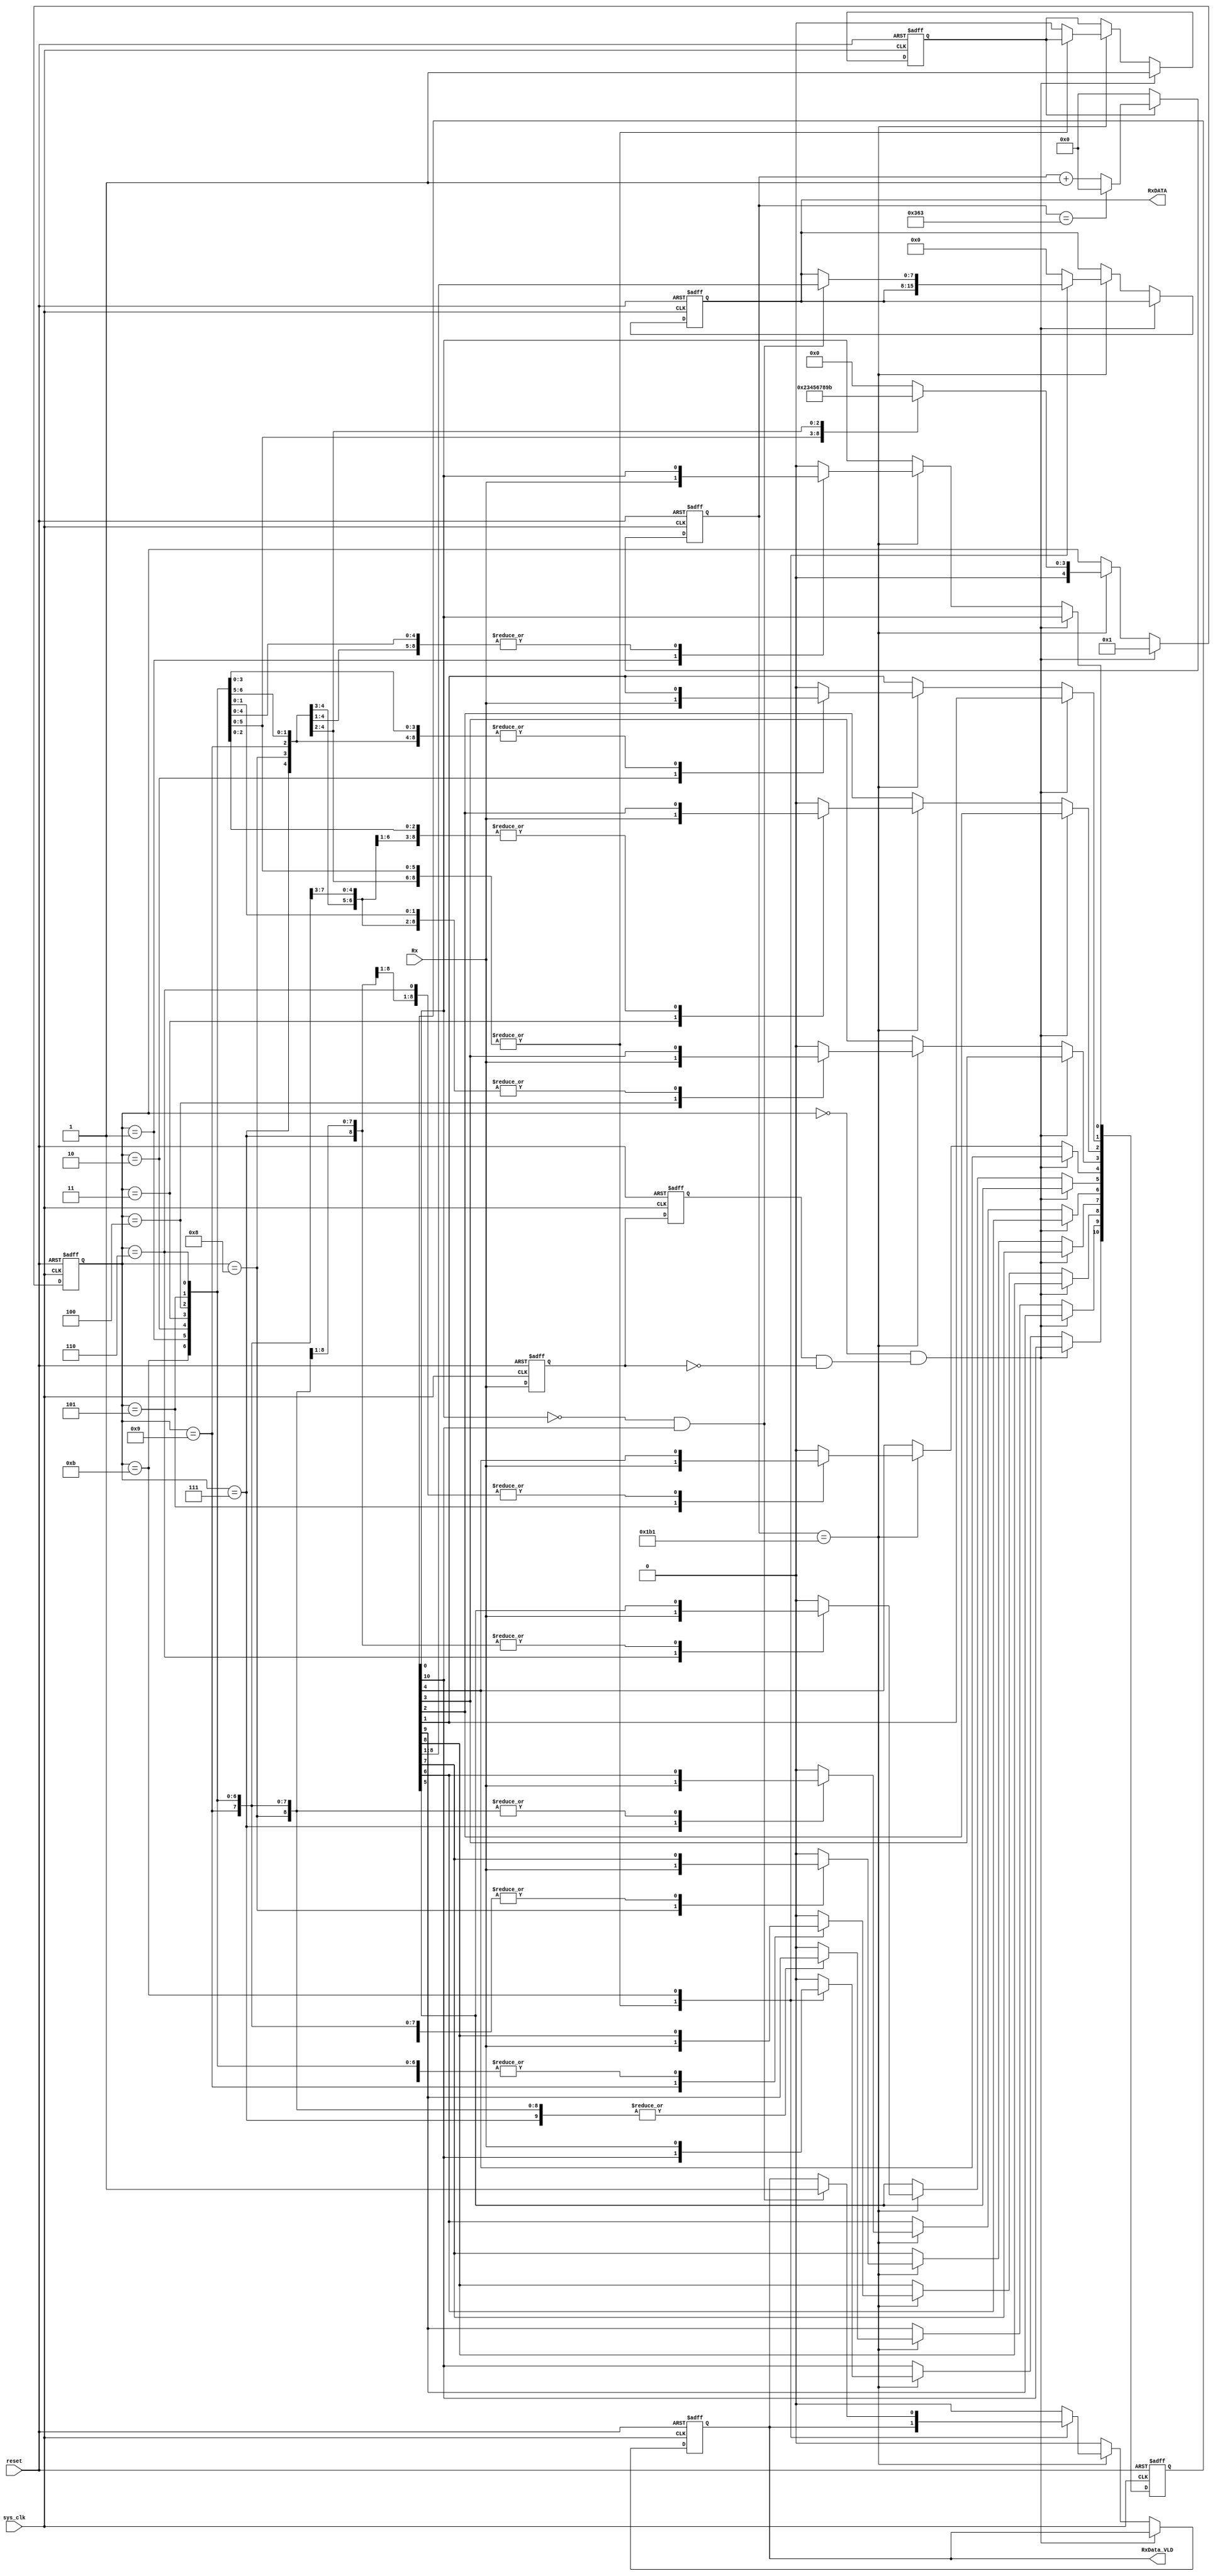
module UART_RX (  
    input             sys_clk,
    input             reset,
    input             Rx,
    output reg        RxData_VLD,
    output reg  [7:0] RxDATA
);  
                  
      
    parameter FRE_SYS_CLK = 100000000; // sys_clk frequency 
    parameter UART_RATE = 115200;     // 115200bps  
    parameter RXCLK_DIV_CNT = FRE_SYS_CLK / UART_RATE - 1;
      
    localparam RX_IDLE         = 4'd0;
    localparam RX_START_BIT    = 4'd1;
    localparam RX_RECIEVE_BIT0 = 4'd2;
    localparam RX_RECIEVE_BIT1 = 4'd3;
    localparam RX_RECIEVE_BIT2 = 4'd4;
    localparam RX_RECIEVE_BIT3 = 4'd5;
    localparam RX_RECIEVE_BIT4 = 4'd6;
    localparam RX_RECIEVE_BIT5 = 4'd7;
    localparam RX_RECIEVE_BIT6 = 4'd8;
    localparam RX_RECIEVE_BIT7 = 4'd9;
    localparam RX_PARITY_BIT   = 4'd10;
    localparam RX_END_BIT      = 4'd11;
      

    reg     [clogb2(RXCLK_DIV_CNT):0] clk_cnt;  
    reg     RXCLK_EN;
(* KEEP = "TRUE" *)    wire    RX_CLK;


    function integer clogb2;
    input integer value;
    begin 
    	value = value-1;
    	for (clogb2=0; value>0; clogb2=clogb2+1)
    	value = value>>1;
    end 
    endfunction                                             

    always @ (posedge sys_clk or posedge reset)  
        if(reset == 1'b1)  
            clk_cnt <= 12'd0;      
	else if(RXCLK_EN == 1'b0) begin
            clk_cnt <= 12'd0;   
	end   
	else if(clk_cnt == RXCLK_DIV_CNT) begin 
            clk_cnt <= 12'd0;  
	end
	else begin  
            clk_cnt <= clk_cnt + 1'b1;  
	end
              
    assign RX_CLK = (clk_cnt == RXCLK_DIV_CNT/2); 
      
      
    reg     Rx_1d;  
    reg     Rx_2d;  
    wire    RxStart;  

    always @ (posedge sys_clk or posedge reset) begin 
        if(reset == 1'b1) begin  
            Rx_1d <= 1'b1;  
            Rx_2d <= 1'b1;  
            end  
        else begin  
            Rx_2d <= Rx_1d;  
            Rx_1d <= Rx;  
        end  
    end
      
    assign RxStart = Rx_2d & (~Rx_1d);
      
      
(* KEEP = "TRUE" *)    reg [10 : 0] RxTemp;  
(* KEEP = "TRUE" *)    reg [4 : 0]  RxState;  

    always @ (posedge sys_clk or posedge reset)  
        if(reset == 1'b1) begin  
            RxDATA <= 8'd0;  
            RxTemp <= 11'd0;  
            RxState <= RX_IDLE;  
            RXCLK_EN <= 1'b0;
            RxData_VLD <= 1'b0;
        end  
        else if((RxState == RX_IDLE) && (RxStart == 1'b1))begin
                RXCLK_EN <= 1'd1;
                RxState  <= RX_START_BIT; 
        end  
        else if(RX_CLK) begin
                case (RxState) //synthesis full_case  
                    RX_START_BIT    :   begin  
                                RxTemp[0] <= Rx; //start bit 
                                RxState <= RX_RECIEVE_BIT0;  
                                end  
                    RX_RECIEVE_BIT0    :   begin  
                                RxTemp[1] <= Rx;//bit0  
                                RxState <= RX_RECIEVE_BIT1;  
                                end  
                    RX_RECIEVE_BIT1    :   begin  
                                RxTemp[2] <= Rx;//bit1  
                                RxState <= RX_RECIEVE_BIT2;  
                                end  
                    RX_RECIEVE_BIT2    :   begin  
                                RxTemp[3] <= Rx;//bit2  
                                RxState <= RX_RECIEVE_BIT3;  
                                end  
                    RX_RECIEVE_BIT3    :   begin  
                                RxTemp[4] <= Rx;//bit3  
                                RxState <= RX_RECIEVE_BIT4;  
                                end  
                    RX_RECIEVE_BIT4    :   begin  
                                RxTemp[5] <= Rx;//bit4  
                                RxState <= RX_RECIEVE_BIT5;  
                                end  
                    RX_RECIEVE_BIT5    :   begin  
                                RxTemp[6] <= Rx;//bit5  
                                RxState <= RX_RECIEVE_BIT6;  
                                end  
                    RX_RECIEVE_BIT6    :   begin  
                                RxTemp[7] <= Rx;//bit6  
                                RxState <= RX_RECIEVE_BIT7;  
                                end  
                    RX_RECIEVE_BIT7    :   begin  
                                RxTemp[8] <= Rx;//bit7  
                                RxState <= RX_END_BIT;  
                                end  
//                    RX_PARITY_BIT   :   begin  
//                                RxTemp[9] <= Rx;//parity bit  
//                                RxState <= RX_END_BIT;  
//                                end  
                    RX_END_BIT    :   begin  
                                RxTemp[10] <= Rx;
                                RXCLK_EN <= 1'b0;
                                RxState <= RX_IDLE;
				    if((RxTemp[0] == 1'b0) && (RxTemp[10] == 1'b1)) begin//check start bit & stop bit 
					RxDATA <= RxTemp[8:1];  
					RxData_VLD <= 1'b1; 
				    end  
				    else begin
					RxDATA <= RxDATA;  
					RxData_VLD <= RxData_VLD; 
				    end
                                end  
		   default    :   begin
                                RxDATA <= 8'd0;  
                                RxTemp <= 11'd0;  
                                RxState <= RX_IDLE;  
                                RXCLK_EN <= 1'b0;
                                RxData_VLD <= 1'b0;
		   end
                endcase  
        end //end else if  
	else begin 
            RxData_VLD <= 1'b0;
            RxDATA <= RxDATA;  
            RxTemp <= RxTemp;  
            RxState <= RxState;  
            RXCLK_EN <= RXCLK_EN;
	end
          
endmodule